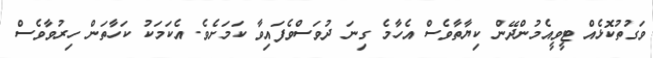
ވަގުތުކޮޅެއް ޓީވީއެމުންދޭން ކިޔާތާވެސް އެހާމެ ގިނަ ދުވަސްވެފައިވާ ކަމަށެވެ. އެކަމަކު ކަހާތަން ހިރުވާވެސް